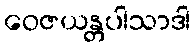
ဝေဇယန္တပါသာဒါ